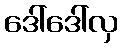
ဒေါ်ဒေါ်လှ